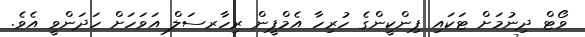
ވޯޓް ދިނުމަށް ޓަކައި ޕިންކީންގެ ހުރިހާ އެމްޕީން ރިހާރސަލް އަވަހަށް ހަދަންވީ އެވެ.